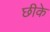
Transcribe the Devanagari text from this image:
छीके